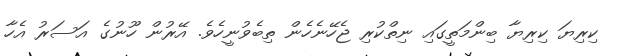
ކިރިޔަ ކިރިޔާ ބިންމަތީގައި ނިތްކުރި ޖެހޭނެހެން ތިބެވުނީހެވެ. އޭރުން ހޫނުގެ އަސަރު އެހާ